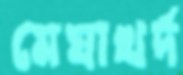
মেঘাখর্দ